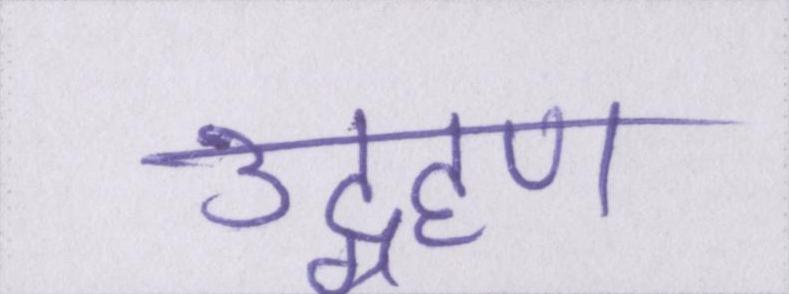
उद्ग्रहण